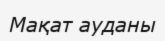
Мақат ауданы